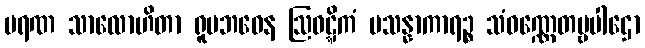
မရဏ သာလောဟိတာ ရူပဘဝေန ဩဝဋ္ဋိကံ ပသန္နာကာရဉ္စ သံဝဏ္ဏေတဗ္ဗပါဌော